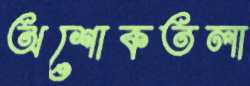
অশোকতলা